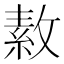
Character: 𪯑